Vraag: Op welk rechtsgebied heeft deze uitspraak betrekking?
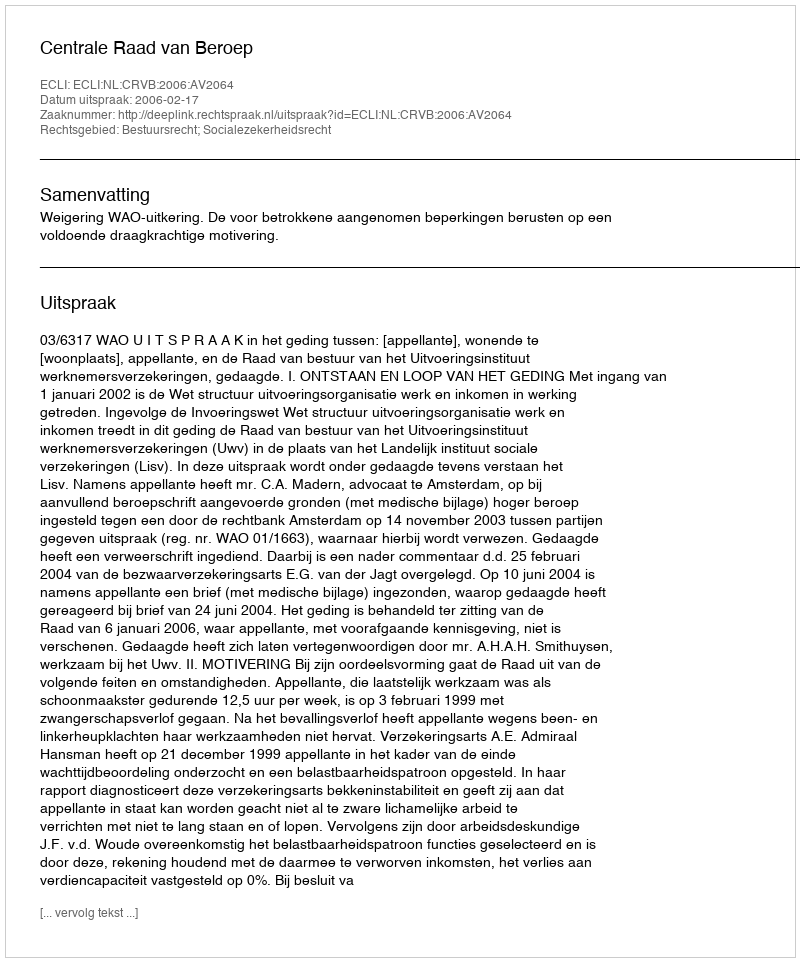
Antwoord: Bestuursrecht; Socialezekerheidsrecht